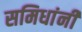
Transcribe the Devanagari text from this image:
समिधांनीं